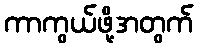
ကာကွယ်ဖို့အတွက်